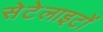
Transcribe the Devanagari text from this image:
सेटेलाइटों